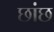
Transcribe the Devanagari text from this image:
छांछ